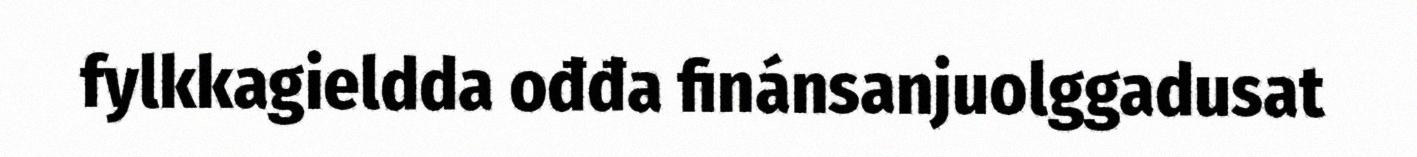
fylkkagieldda ođđa finánsanjuolggadusat